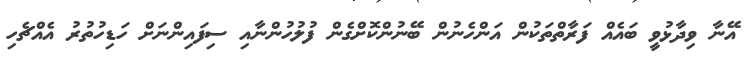
އޭނާ ވިދާޅުވީ ބައެއް ފަރާތްތަކުން އަންހެނުން ބޭނުންކޮށްގެން ފުލުހުންނާއި ސިފައިންނަށް ހަޑިހުތުރު އެއްޗެހި